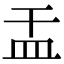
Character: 㿻